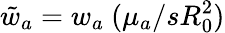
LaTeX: \tilde{w}_{a}=w_{a}\ (\mu_{a}/sR_{0}^{2})